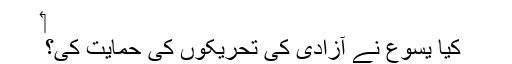
‏
کیا یسوع نے آزادی کی تحریکوں کی حمایت کی؟